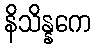
နိသိန္နကေ